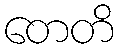
တေတိ